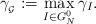
LaTeX: \begin{align*}\gamma_{_{\mathcal{G}}}:=\max_{I\in G_{N}^{0}}\gamma_{I}. \end{align*}